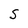
Character: S